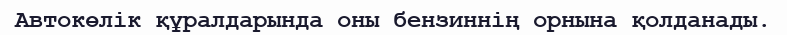
Автокөлік құралдарында оны бензиннің орнына қолданады.